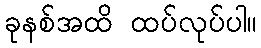
ခုနစ်အထိ ထပ်လုပ်ပါ။